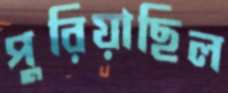
পুরিয়াছিল